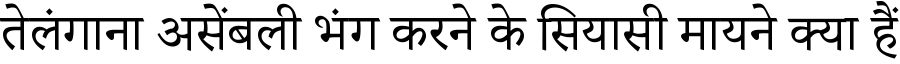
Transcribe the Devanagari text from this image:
तेलंगाना असेंबली भंग करने के सियासी मायने क्या हैं